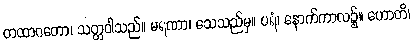
တထာဂတော၊ သတ္တဝါသည်။ မရဏာ၊ သေသည်မှ။ ပရံ၊ နောက်ကာလ၌။ ဟောတိ၊